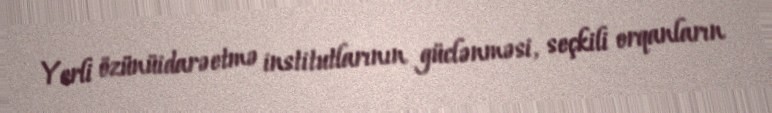
Yerli özünüidarəetmə institutlarının güclənməsi, seçkili orqanların